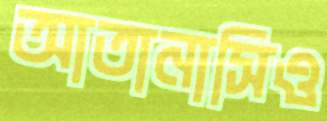
আতানাসিও